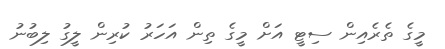
މީގެ ތެރެއިން ސިޓީ އަށް މީގެ ތިން އަހަރު ކުރިން ލީގު ލިބުނު